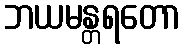
ဘယမန္တရတော